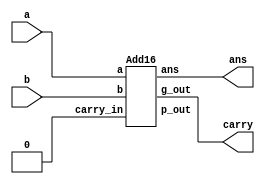
/* ACM Class System (I) Fall Assignment 1 
 *
 *
 * Implement your naive adder here
 * 
 * GUIDE:
 *   1. Create a RTL project in Vivado
 *   2. Put this file into `Sources'
 *   3. Put `test_adder.v' into `Simulation Sources'
 *   4. Run Behavioral Simulation
 *   5. Make sure to run at least 100 steps during the simulation (usually 100ns)
 *   6. You can see the results in `Tcl console'
 *
 */

module adder(
	input  [15:0] a,
	input  [15:0] b,
	output [15:0] ans,
	output carry
);
	wire zero;
	assign zero=0;
	wire G;
	wire P;
	Add16 add(
		.a (a),
		.b (b),
		.carry_in (zero),
		.ans (ans),
		.p_out (P),
		.g_out (G)
	);
	assign carry=G;
endmodule


module Adder(
    input     a,
    input     b,
    input     carry_in,
    output    G,
    output    P,
    output    temp_ans
);
assign P = a|b;
assign G = a&b;
assign temp_ans = a^b^carry_in;
endmodule

module Add4(
    input[3:0]    a,
    input[3:0]    b,
    input         carry_in,
    output[3:0]   ans,
    output   p_out,
    output   g_out
);
wire[4:1]   c;
wire[3:0]   G;
wire[3:0]   P;
Adder a1(
    .a    (a[0]),
    .b    (b[0]),
    .carry_in (carry_in),
    .G    (G[0]),
    .P    (P[0]),
    .temp_ans (ans[0])
);
Adder a2(
    .a    (a[1]),
    .b    (b[1]),
    .carry_in (c[1]),
    .G    (G[1]),
    .P    (P[1]),
    .temp_ans (ans[1])
);
Adder a3(
    .a    (a[2]),
    .b    (b[2]),
    .carry_in (c[2]),
    .G    (G[2]),
    .P    (P[2]),
    .temp_ans (ans[2])
);
Adder a4(
    .a    (a[3]),
    .b    (b[3]),
    .carry_in (c[3]),
    .G    (G[3]),
    .P    (P[3]),
    .temp_ans (ans[3])
);
CLA4 cla(
    .P    (P),
    .G    (G),
    .carry_in (carry_in),
    .c    (c),
    .P4 (p_out),
    .G4 (g_out)
);
endmodule

module CLA4(
    input[3:0] P,
    input[3:0] G,
    input carry_in,
    output[4:1] c,
    output P4,
    output G4
);
assign c[1]=(G[0])|(P[0]&carry_in);
assign c[2]=(G[1])|(P[1]&G[0])|(P[1]&P[0]&carry_in);
assign c[3]=(G[2])|(P[2]&G[1])|(P[2]&P[1]&G[0])|(P[2]&P[1]&P[0]&carry_in);
assign c[4]=(G[3])|(P[3]&G[2])|(P[3]&P[2]&G[1])|(P[3]&P[2]&P[1]&G[0])|((P[3]&P[2]&P[1]&P[0]&carry_in));
assign G4=(G[3])|(P[3]&G[2])|(P[3]&P[2]&G[1])|(P[3]&P[2]&P[1]&G[0]);
assign P4=P[3]&P[2]&P[1]&P[0];
endmodule

module Add16(
    input[15:0]    a,
    input[15:0]    b,
    input         carry_in,
    output[15:0]   ans,
    output   p_out,
    output   g_out
);
wire[4:1]   c;
wire[3:0]   G;
wire[3:0]   P;
Add4 a1(
    .a   (a[3:0]),
    .b   (b[3:0]),
    .carry_in (carry_in),
    .ans (ans[3:0]),
    .p_out (P[0]),
    .g_out (G[0])
);
Add4 a2(
    .a   (a[7:4]),
    .b   (b[7:4]),
    .carry_in (c[1]),
    .ans (ans[7:4]),
    .p_out (P[1]),
    .g_out (G[1])
);
Add4 a3(
    .a   (a[11:8]),
    .b   (b[11:8]),
    .carry_in (c[2]),
    .ans (ans[11:8]),
    .p_out (P[2]),
    .g_out (G[2])
);
Add4 a4(
    .a   (a[15:12]),
    .b   (b[15:12]),
    .carry_in (c[3]),
    .ans (ans[15:12]),
    .p_out (P[3]),
    .g_out (G[3])
);
CLA4 cla(
    .P    (P),
    .G    (G),
    .carry_in (carry_in),
    .c    (c),
    .P4 (p_out),
    .G4 (g_out)
);
endmodule